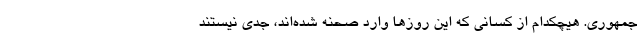
جمهوری. هیچکدام از کسانی که این روزها وارد صحنه شده‌اند، جدی نیستند